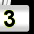
Digit: 3